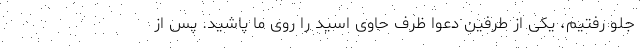
جلو رفتیم، یکی از طرفین دعوا ظرف حاوی اسید را روی ما پاشید. پس از